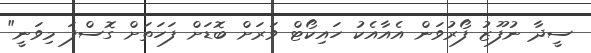
ސީދާ ނުފޫޒު ފޯރުވަން އެއާއެކު ހައިކޯޓް ވަރަށް ބޮޑަށް ފަހަތަށް ގޮސްފަ މިވަނީ"